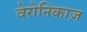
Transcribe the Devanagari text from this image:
वेरोनिकाज़